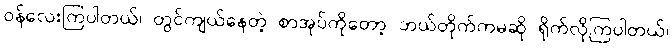
ဝန်လေးကြပါတယ်၊ တွင်ကျယ်နေတဲ့ စာအုပ်ကိုတော့ ဘယ်တိုက်ကမဆို ရိုက်လိုကြပါတယ်၊